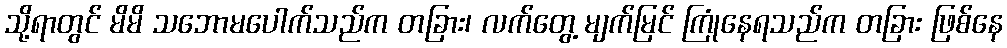
သို့ရာတွင် မိမိ သဘောမပေါက်သည်က တခြား၊ လက်တွေ့ မျက်မြင် ကြုံနေရသည်က တခြား ဖြစ်နေ